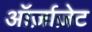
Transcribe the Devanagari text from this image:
ऑर्ज़ाज़ेट